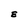
Character: E